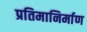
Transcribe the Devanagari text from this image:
प्रतिमानिर्माण